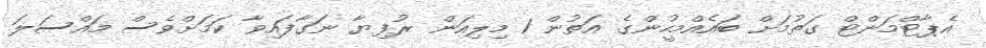
އެޕާޓްމަންޓް ގަތުމަށް ބައެއްމީހުންގެ އަތުން 1 މިލިއަން ރުފިޔާ ނަގާފައިވާ ކަމަށްވެސް މައްސަލަ